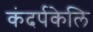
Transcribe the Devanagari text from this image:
कंदर्पकेलि